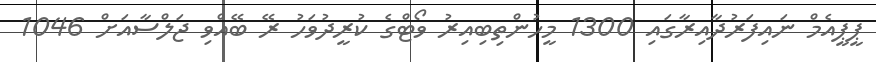
ޕީޕީއެމް ނައިފަރުދާއިރާގައި 1300 މީހުންތިބިއިރު ވޯޓްގެ ކުރީދުވަހު ރޭ ބޭއްވި ޖަލްސާއަށް 1046